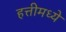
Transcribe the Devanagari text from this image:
हत्तीमध्ये